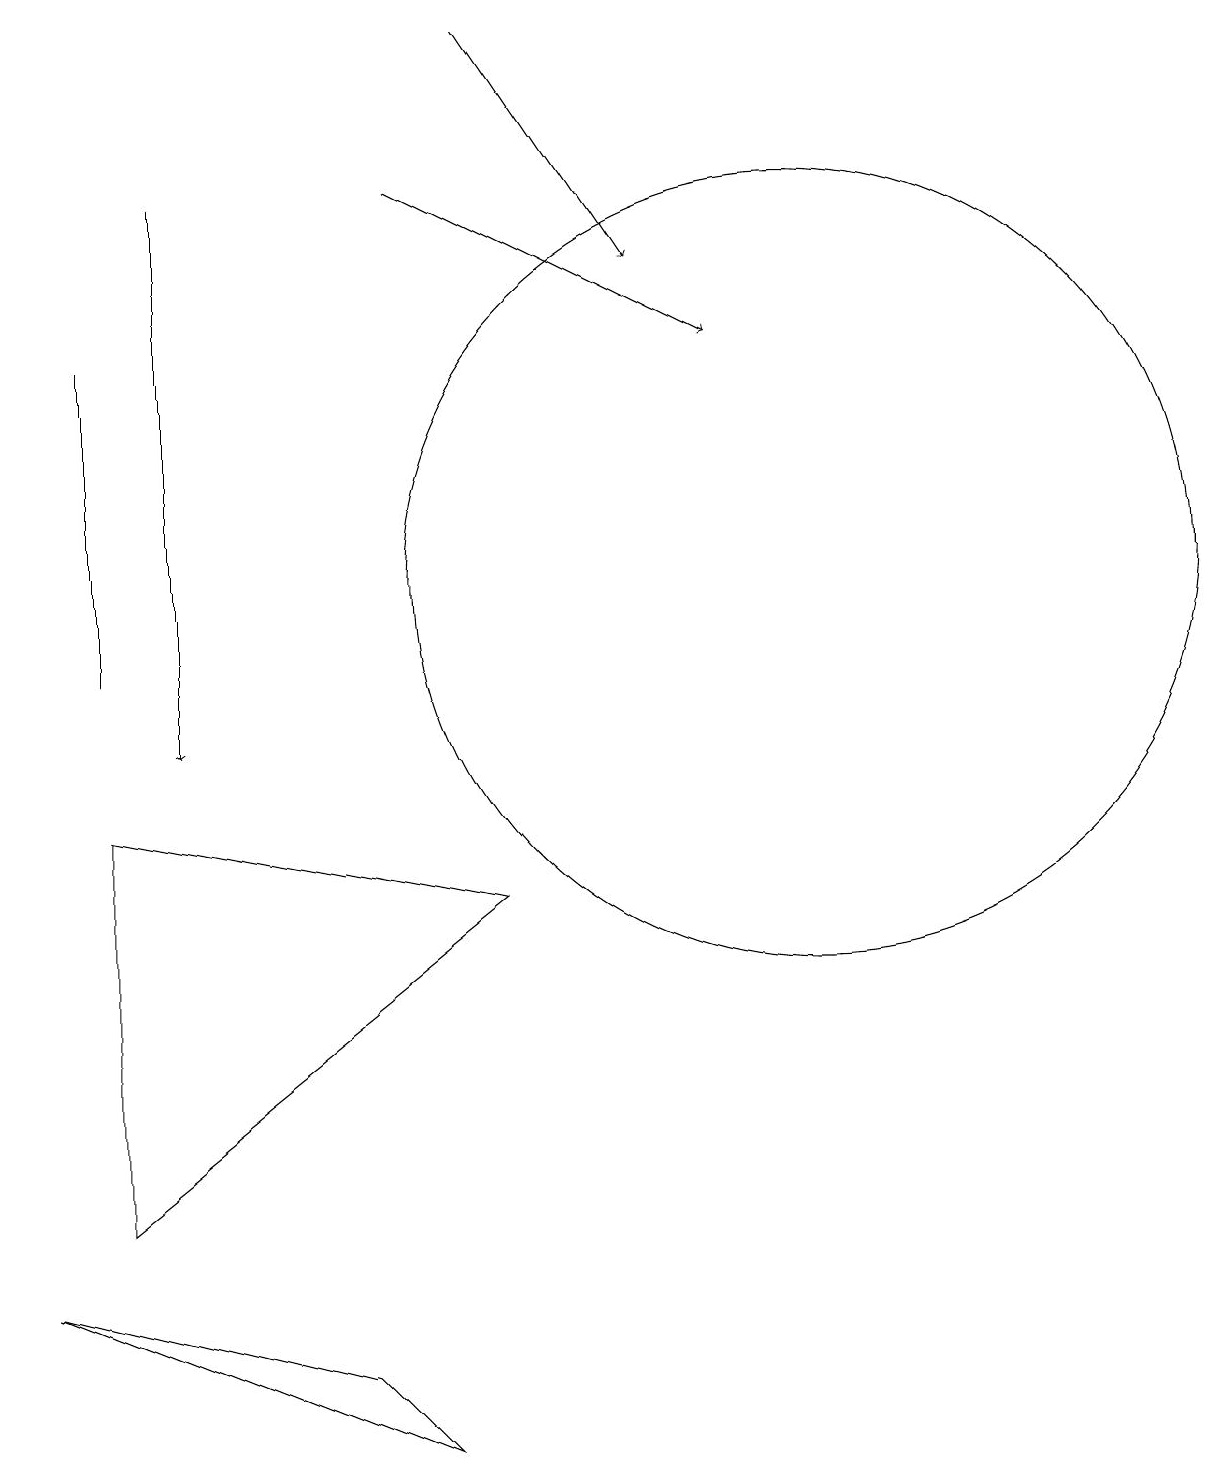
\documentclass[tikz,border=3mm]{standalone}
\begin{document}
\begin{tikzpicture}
\draw (1,4) -- (6,8) -- (1,9) -- cycle;
\draw[->] (2,17) -- (2,10);
\draw (1,11) rectangle (1,15);
\draw[->] (6,19) -- (8,16);
\draw (5,1) -- (0,3) -- (4,2) -- cycle;
\draw[->] (5,17) -- (9,15);
\draw (10,12) circle (5);
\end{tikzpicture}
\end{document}